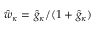
\hat { w } _ { \kappa } = \hat { g } _ { \kappa } / ( 1 + \hat { g } _ { \kappa } )